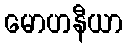
မောဟနီယာ